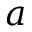
a